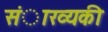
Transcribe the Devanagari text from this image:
संाख्यकी